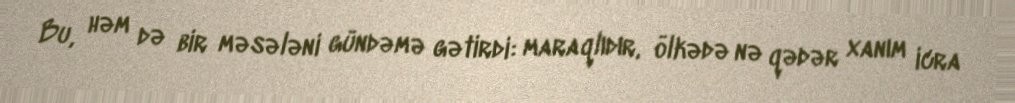
Bu, həm də bir məsələni gündəmə gətirdi: maraqlıdır, ölkədə nə qədər xanım icra